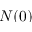
N ( 0 )